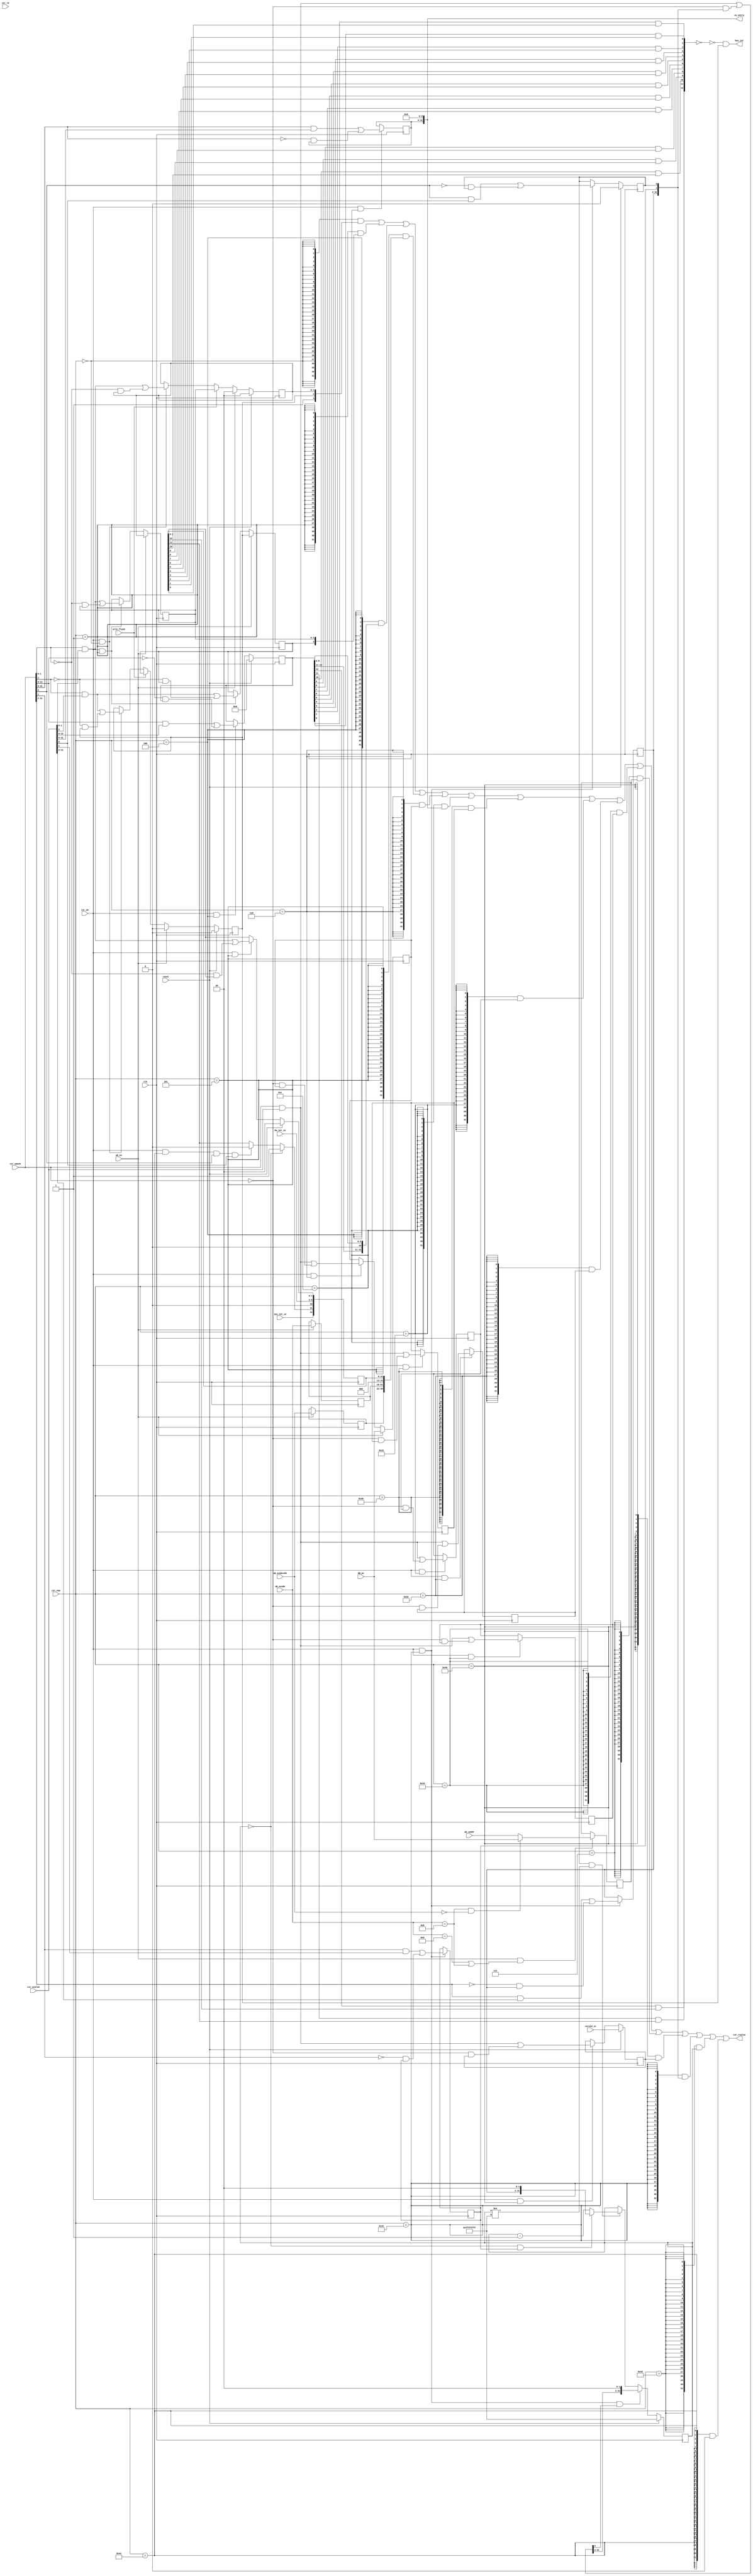
module csr(
    input clk,
    input reset,
    input csr_re,               
    input [13:0] csr_num,        
    output [31:0] csr_rvalue,     
    input csr_we,                 
    input [31:0] csr_wmask,    
    input [31:0] csr_wvalue,       
    input [31:0] WB_pc,
    input wb_ex,                    
    input [5:0] wb_ecode,        
    input [8:0] wb_esubcode,        
    input [31:0] wb_vaddr,
    input ertn_flush,             
    output has_int,             
    output [31:0] ex_entry,         
    input [7:0] hw_int_in,          
    input ipi_int_in,
    input [31:0] coreid_in
);

//crmd
    `define CSR_CRMD      14'h0000
    `define CSR_CRMD_PLV  1:0
    `define CSR_CRMD_IE   2
    `define CSR_CRMD_DA   3
//prmd
    `define CSR_PRMD      14'h0001
    `define CSR_PRMD_PPLV 1:0
    `define CSR_PRMD_PIE  2
    `define CSR_PRMD_DA   3
//ecfg
    `define CSR_ECFG      14'h0004
    `define CSR_ECFG_LIE  12:0
//estat
    `define CSR_ESTAT     14'h0005
    `define CSR_ESTAT_IS10  1:0
    `define CSR_ESTAT_ECODE  21:16
    `define CSR_ESTAT_ESUBCODE 30:22
//era
    `define CSR_ERA       14'h0006
    `define CSR_ERA_PC    31:0
//eentry
    `define CSR_EENTRY    14'h000c
    `define CSR_EENTRY_VA 31:6
//save
    `define CSR_SAVE0     14'h0030
    `define CSR_SAVE1     14'h0031
    `define CSR_SAVE2     14'h0032
    `define CSR_SAVE3     14'h0033
    `define CSR_SAVE_DATA 31:0
//badv
    `define CSR_BADV      14'h0007
//time
    `define CSR_TID       14'h0040
    `define CSR_TID_TID   31:0
    `define CSR_TCFG      14'h0041
    `define CSR_TCFG_EN   0
    `define CSR_TCFG_PERIOD 1
    `define CSR_TCFG_INITV 31:2
    `define CSR_TVAL      14'h0042
    `define CSR_TICLR     14'h0044
    `define CSR_TICLR_CLR 0
//exc code
    `define ECODE_INT     6'h00
    `define ECODE_SYS     6'h0b
    `define ECODE_ADEF    6'h08
    `define ESUBCODE_ADEF 9'h000
    `define ECODE_ALE     6'h09
    `define ECODE_BRK     6'h0c
    `define ECODE_INE     6'h0d


reg [1:0] csr_crmd_plv;
reg [1:0] csr_prmd_pplv;
reg csr_crmd_ie;
reg csr_prmd_pie;
reg [12:0] csr_ecfg_lie;
reg [12:0] csr_estat_is;
reg [5:0] csr_estat_ecode;
reg [8:0] csr_estat_esubcode;
reg [31:0] csr_era_pc;
reg [25:0] csr_eentry_va;
reg [31:0] csr_save0_data;
reg [31:0] csr_save1_data;
reg [31:0] csr_save2_data;
reg [31:0] csr_save3_data;
reg [31:0] csr_badv_vaddr;
reg [31:0] csr_tid_tid;
reg csr_tcfg_en;
reg csr_tcfg_periodic;
reg [31:0] timer_cnt;
reg [29:0] csr_tcfg_initval;
wire [31:0] csr_crmd_rvalue;
wire [31:0] csr_prmd_rvalue;
wire [31:0] csr_ecfg_rvalue;
wire [31:0] csr_estat_rvalue;
wire [31:0] csr_era_rvalue;
wire [31:0] csr_eentry_rvalue;
wire [31:0] csr_save0_rvalue;
wire [31:0] csr_save1_rvalue;
wire [31:0] csr_save2_rvalue;
wire [31:0] csr_save3_rvalue;
wire [31:0] csr_badv_rvalue;
wire [31:0] csr_tid_rvalue;
wire [31:0] csr_tcfg_rvalue;
wire wb_ex_addr_err;
wire [31:0] tcfg_next_value;
wire [31:0] csr_tval;
wire csr_ticlr_clr;
wire [31:0] csr_ticlr_rvalue;
wire [12:0] int_vec;

//CRMD
    assign csr_crmd_rvalue = {28'b0, 1'b1, csr_crmd_ie, csr_crmd_plv};
    //PLV
    always @(posedge clk) begin
        if(reset)
            csr_crmd_plv <= 2'b0;
        else if(wb_ex)
            csr_crmd_plv <= 2'b0;
        else if(ertn_flush)
            csr_crmd_plv <= csr_prmd_pplv;
        else if(csr_we && csr_num == `CSR_CRMD)
            csr_crmd_plv <= csr_wmask[`CSR_CRMD_PLV] & csr_wvalue[`CSR_CRMD_PLV]
                        |  ~csr_wmask[`CSR_CRMD_PLV] & csr_crmd_plv;
    end

    //IE
    always @(posedge clk) begin
        if(reset)
            csr_crmd_ie <= 1'b0;
        else if(wb_ex)
            csr_crmd_ie <= 1'b0;
        else if(ertn_flush)
            csr_crmd_ie <= csr_prmd_pie;
        else if(csr_we && csr_num == `CSR_CRMD)
            csr_crmd_ie <= csr_wmask[`CSR_CRMD_IE] & csr_wvalue[`CSR_CRMD_IE]
                        | ~csr_wmask[`CSR_CRMD_IE] & csr_crmd_ie;
    end

//PRMD
    assign csr_prmd_rvalue = {28'b0, 1'b0, csr_prmd_pie, csr_prmd_pplv};
    //PPLV
    always @(posedge clk) begin
        if(wb_ex) begin
            csr_prmd_pplv <= csr_crmd_plv;
            csr_prmd_pie <= csr_crmd_ie;
        end
        else if(csr_we && csr_num == `CSR_PRMD) begin
            csr_prmd_pie <= csr_wmask[`CSR_PRMD_PIE] & csr_wvalue[`CSR_PRMD_PIE]
                        |  ~csr_wmask[`CSR_PRMD_PIE] & csr_prmd_pie;
            csr_prmd_pplv <= csr_wmask[`CSR_PRMD_PPLV] & csr_wvalue[`CSR_PRMD_PPLV]
                        |  ~csr_wmask[`CSR_PRMD_PPLV] & csr_prmd_pplv;
        end
    end

//ECFG
    assign csr_ecfg_rvalue = {19'b0, csr_ecfg_lie[12:11],1'b0,csr_ecfg_lie[9:0]};//1bff
    //LIE
    always @(posedge clk) begin
        if(reset)
            csr_ecfg_lie <= 13'b0;
        else if(csr_we & csr_num == `CSR_ECFG) 
            csr_ecfg_lie <= csr_wmask[`CSR_ECFG_LIE] & csr_wvalue[`CSR_ECFG_LIE]
                        |  ~csr_wmask[`CSR_ECFG_LIE] & csr_ecfg_lie;
    end

//ESTAT
    assign csr_estat_rvalue = {1'b0, csr_estat_esubcode, csr_estat_ecode, 3'b0, csr_estat_is};
    //IS
    always @(posedge clk) begin
        if(reset) begin
            csr_estat_is[1:0] <= 2'b0;
        end
        else if(csr_we && csr_num == `CSR_ESTAT)
            csr_estat_is[1:0] <= csr_wmask[`CSR_ESTAT_IS10] & csr_wvalue[`CSR_ESTAT_IS10]
                            |   ~csr_wmask[`CSR_ESTAT_IS10] & csr_estat_is[`CSR_ESTAT_IS10];
        
        csr_estat_is[9:2] <= hw_int_in[7:0];
        csr_estat_is[10] <= 1'b0;
        if(timer_cnt[31:0] == 32'b0)
            csr_estat_is[11] <= 1'b1;
        else if(csr_we && csr_num == `CSR_TICLR && csr_wmask[`CSR_TICLR_CLR] && csr_wvalue[`CSR_TICLR_CLR])
        csr_estat_is[11] <= 1'b0;
        csr_estat_is[12] <= ipi_int_in;
    end      

    //ECODE, ESUBCODE
    always @(posedge clk) begin
        if(wb_ex) begin
            csr_estat_ecode <= wb_ecode;
            csr_estat_esubcode <= wb_esubcode;
        end
    end      

//ERA
    assign csr_era_rvalue = csr_era_pc;
    //pc
    always @(posedge clk) begin
        if(wb_ex)
            csr_era_pc <= WB_pc;
        else if (csr_we && csr_num==`CSR_ERA)
            csr_era_pc <= csr_wmask[`CSR_ERA_PC] & csr_wvalue[`CSR_ERA_PC]
                       | ~csr_wmask[`CSR_ERA_PC] & csr_era_pc;
    end    

//BADV
    assign csr_badv_rvalue = csr_badv_vaddr;
    assign wb_ex_addr_err = wb_ecode == `ECODE_ALE || wb_ecode == `ECODE_ADEF;
    //vaddr
    always @(posedge clk) begin
        if(wb_ex && wb_ex_addr_err)
            csr_badv_vaddr <= (wb_ecode == `ECODE_ADEF &&
                               wb_esubcode == `ESUBCODE_ADEF) ? WB_pc : wb_vaddr;
    end

//EENTRY
    assign csr_eentry_rvalue = {csr_eentry_va, 6'b0};
    //VA
    always @(posedge clk) begin
        if(csr_we && csr_num == `CSR_EENTRY)
            csr_eentry_va <= csr_wmask[`CSR_EENTRY_VA] & csr_wvalue[`CSR_EENTRY_VA]
                          | ~csr_wmask[`CSR_EENTRY_VA] & csr_eentry_va;
    end

//SAVE0~3
    assign csr_save0_rvalue = csr_save0_data;
    assign csr_save1_rvalue = csr_save1_data;
    assign csr_save2_rvalue = csr_save2_data;
    assign csr_save3_rvalue = csr_save3_data;
    //DATA
    always @(posedge clk) begin
        if (csr_we && csr_num==`CSR_SAVE0)
            csr_save0_data <= csr_wmask[`CSR_SAVE_DATA] & csr_wvalue[`CSR_SAVE_DATA]
                           | ~csr_wmask[`CSR_SAVE_DATA] & csr_save0_data;
        if (csr_we && csr_num==`CSR_SAVE1)
            csr_save1_data <= csr_wmask[`CSR_SAVE_DATA] & csr_wvalue[`CSR_SAVE_DATA]
                           | ~csr_wmask[`CSR_SAVE_DATA] & csr_save1_data;
        if (csr_we && csr_num==`CSR_SAVE2)
            csr_save2_data <= csr_wmask[`CSR_SAVE_DATA] & csr_wvalue[`CSR_SAVE_DATA]
                           | ~csr_wmask[`CSR_SAVE_DATA] & csr_save2_data;
        if (csr_we && csr_num==`CSR_SAVE3)
            csr_save3_data <= csr_wmask[`CSR_SAVE_DATA] & csr_wvalue[`CSR_SAVE_DATA]
                           | ~csr_wmask[`CSR_SAVE_DATA] & csr_save3_data;
    end


//TID
    assign csr_tid_rvalue = csr_tid_tid;
    always @(posedge clk)begin
        if(reset)
            csr_tid_tid <= coreid_in;
        else if(csr_we && csr_num == `CSR_TID)
            csr_tid_tid <= csr_wmask[`CSR_TID_TID] & csr_wvalue[`CSR_TID_TID]
                        | ~csr_wmask[`CSR_TID_TID] & csr_tid_tid;
    end

//TCFG
    assign csr_tcfg_rvalue = {csr_tcfg_initval, csr_tcfg_periodic, csr_tcfg_en};
    always @(posedge clk) begin
        if(reset)
            csr_tcfg_en <= 1'b0;
        else if (csr_we && csr_num==`CSR_TCFG)
            csr_tcfg_en <= csr_wmask[`CSR_TCFG_EN] & csr_wvalue[`CSR_TCFG_EN]
                        | ~csr_wmask[`CSR_TCFG_EN] & csr_tcfg_en;

        if (csr_we && csr_num==`CSR_TCFG) begin
            csr_tcfg_periodic <= csr_wmask[`CSR_TCFG_PERIOD] & csr_wvalue[`CSR_TCFG_PERIOD]
                              | ~csr_wmask[`CSR_TCFG_PERIOD] & csr_tcfg_periodic;
            csr_tcfg_initval <= csr_wmask[`CSR_TCFG_INITV] & csr_wvalue[`CSR_TCFG_INITV]
                             | ~csr_wmask[`CSR_TCFG_INITV] & csr_tcfg_initval;
        end
    end

//TVAL
    assign tcfg_next_value = csr_wmask[31:0] & csr_wvalue[31:0]
                          | ~csr_wmask[31:0] & {csr_tcfg_initval, csr_tcfg_periodic, csr_tcfg_en};
    always @(posedge clk) begin
        if(reset)
            timer_cnt <= 32'hffffffff;
        else if(csr_we && csr_num == `CSR_TCFG && tcfg_next_value[`CSR_TCFG_EN])
            timer_cnt <= {tcfg_next_value[`CSR_TCFG_INITV], 2'b0};
        else if (csr_tcfg_en && timer_cnt!=32'hffffffff) begin
            if (timer_cnt[31:0]==32'b0 && csr_tcfg_periodic)
                timer_cnt <= {csr_tcfg_initval, 2'b0};
            else
                timer_cnt <= timer_cnt - 1'b1;
        end
    end
assign csr_tval = timer_cnt[31:0];

//TICLR
    assign csr_ticlr_clr = 1'b0;
    assign csr_ticlr_rvalue = {30'b0, csr_ticlr_clr};

//read value
    assign csr_rvalue = {32{csr_num == `CSR_CRMD}} & csr_crmd_rvalue
                    |   {32{csr_num == `CSR_PRMD}} & csr_prmd_rvalue
                    |   {32{csr_num == `CSR_ECFG}} & csr_ecfg_rvalue
                    |   {32{csr_num == `CSR_ESTAT}} & csr_estat_rvalue
                    |   {32{csr_num == `CSR_ERA}} & csr_era_rvalue
                    |   {32{csr_num == `CSR_EENTRY}} & csr_eentry_rvalue
                    |   {32{csr_num == `CSR_SAVE0}} & csr_save0_rvalue
                    |   {32{csr_num == `CSR_SAVE1}} & csr_save1_rvalue
                    |   {32{csr_num == `CSR_SAVE2}} & csr_save2_rvalue
                    |   {32{csr_num == `CSR_SAVE3}} & csr_save3_rvalue
                    |   {32{csr_num == `CSR_BADV}} & csr_badv_rvalue
                    |   {32{csr_num == `CSR_TID}} & csr_tid_rvalue
                    |   {32{csr_num == `CSR_TCFG}} &  {csr_tcfg_initval,csr_tcfg_periodic, csr_tcfg_en}
                    |   {32{csr_num == `CSR_TVAL}} & csr_tval
                    |   {32{csr_num == `CSR_TICLR}} & csr_ticlr_rvalue;
                    
//ex entry
    assign ex_entry = csr_eentry_rvalue;

//has_int
    assign int_vec[12:0] = { csr_ecfg_lie[12] & csr_estat_is[12],
                             csr_ecfg_lie[11] & csr_estat_is[11],
                             csr_ecfg_lie[10] & csr_estat_is[10],
                             csr_ecfg_lie[9] & csr_estat_is[9],
                             csr_ecfg_lie[8] & csr_estat_is[8],
                             csr_ecfg_lie[7] & csr_estat_is[7],
                             csr_ecfg_lie[6] & csr_estat_is[6],
                             csr_ecfg_lie[5] & csr_estat_is[5],
                             csr_ecfg_lie[4] & csr_estat_is[4],
                             csr_ecfg_lie[3] & csr_estat_is[3],
                             csr_ecfg_lie[2] & csr_estat_is[2],
                             csr_ecfg_lie[1] & csr_estat_is[1],
                             csr_ecfg_lie[0] & csr_estat_is[0]
                           };
    assign has_int = ~(int_vec == 13'b0) & csr_crmd_ie;

endmodule